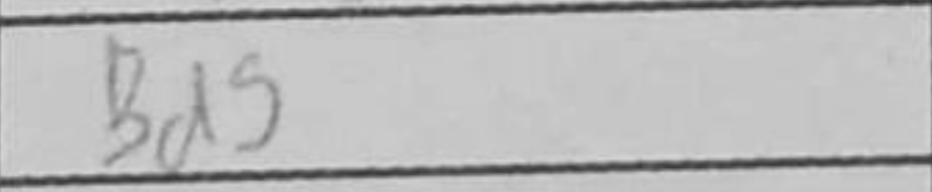
Transcription: Bd5